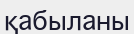
қабыланы